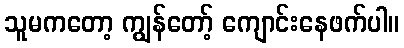
သူမကတော့ ကျွန်တော့် ကျောင်းနေဖက်ပါ။